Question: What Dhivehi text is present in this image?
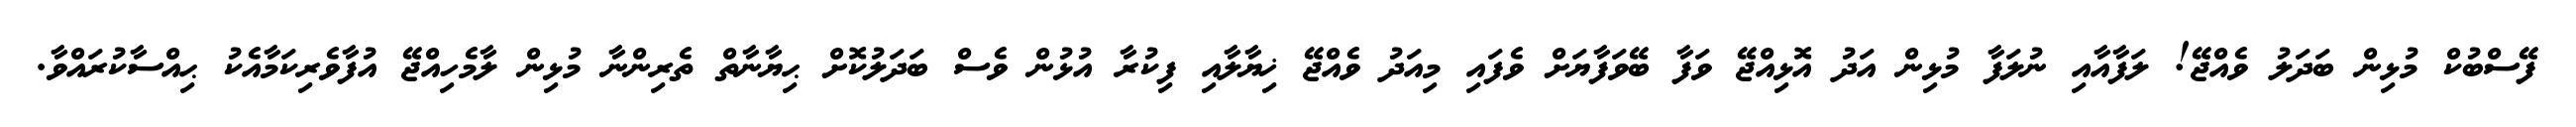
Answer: ފޭސްބުކް މުޅިން ބަދަލު ވެއްޖޭ! ލަފާއާއި ނުލަފާ މުޅިން އަދު އޮޅިއްޖޭ ވަފާ ބޭވަފާޔަށް ވެފައި މިއަދު ވެއްޖޭ ޚިޔާލާއި ފިކުރާ އުޅުން ވެސް ބަދަލުކޮށް ޙިޔާނާތް ތެރިންނާ މުޅިން ލާމެހިއްޖޭ އުފާވެރިކަމާއެކު ޙިއްސާކުރައްވާ.